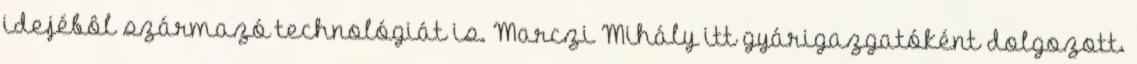
idejébôl származó technológiát is. Marczi Mihály itt gyárigazgatóként dolgozott.